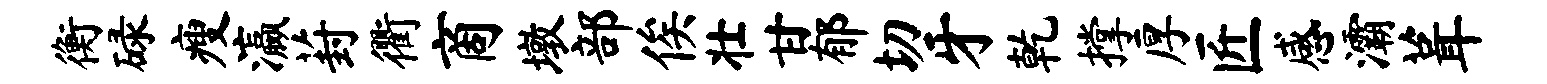
衡碌瘦瀛葑衢商墩部俟壮甘郁切牙乾撑厚匠感灞葺